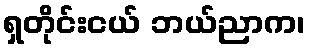
ရှတိုင်းငယ် ဘယ်ညာက၊